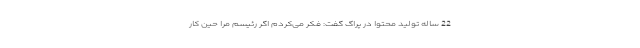
22 ساله تولید محتوا در پراگ گفت: فکر می‌کردم اگر رئیسم مرا حین کار